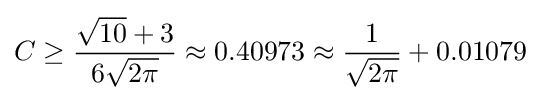
C\geq {\frac {{\sqrt {10}}+3}{6{\sqrt {2\pi }}}}\approx 0.40973\approx {\frac {1}{\sqrt {2\pi }}}+0.01079